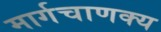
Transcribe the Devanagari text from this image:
मार्गचाणक्य